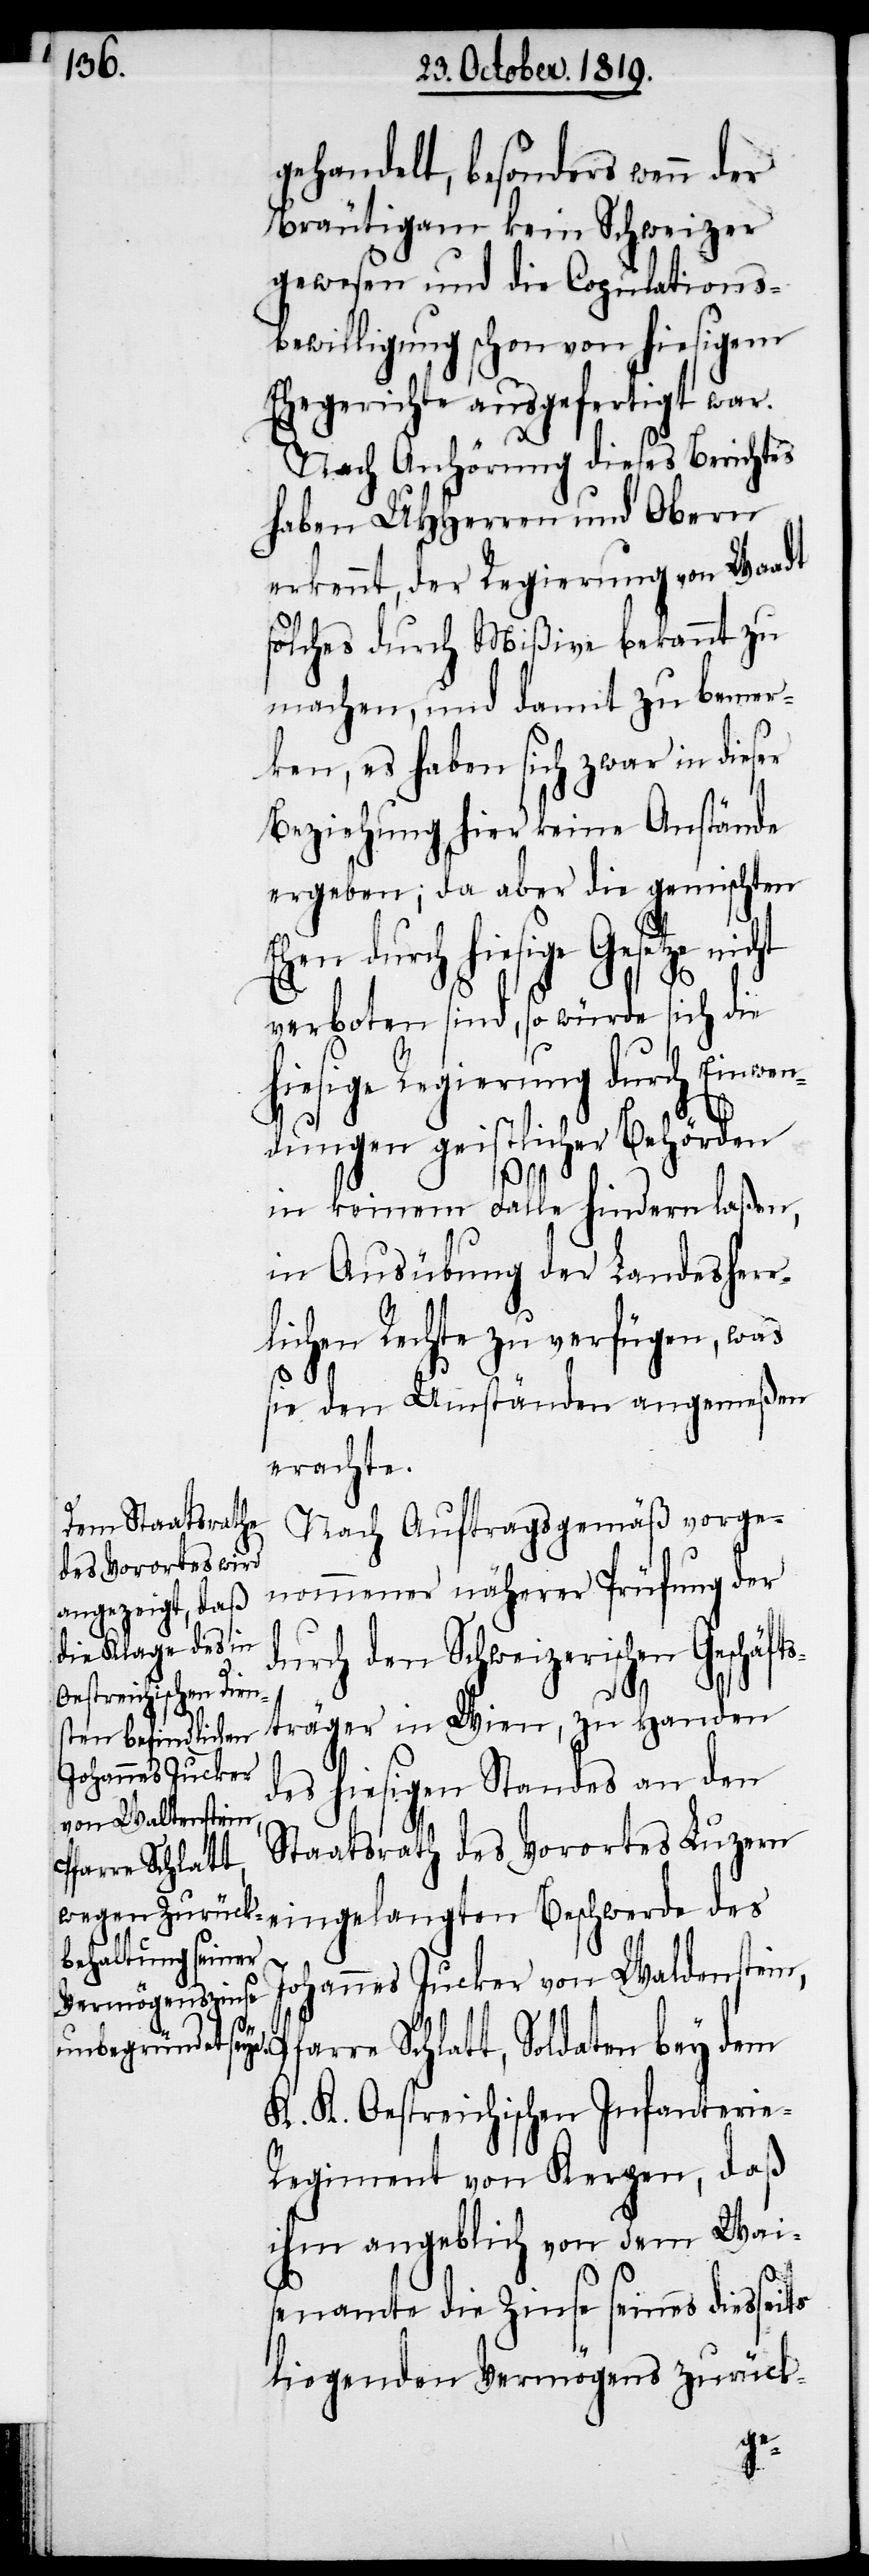
gehandelt, besonders wenn der
Bräutigam kein Schweizer
gewesen und die Copulations¬
bewilligung schon von hiesigem
Ehegerichte ausgefertigt war.
Nach Anhörung dieses Berichtes
haben UHHerren und Obern
erkennt, der Regierung von Waadt
solches durch Mißive bekannt zu
machen, und damit zu bemer¬
ken, es haben sich zwar in dieser
Beziehung hier keine Anstände
ergeben; da aber die gemischten
Ehen durch hiesige Gesetze
verboten sind, so würde sich die
hiesige Regierung durch Einwen¬
dungen geistlicher Behörden
in keinem Falle hindern laßen,
in Ausübung der Landesherr¬
lichen Rechte zu verfügen, was
sie den Umständen angemeßen
erachte.
Nach Auftragsgemäß vorge¬
nommener näherer Prüfung der
durch den Schweizerischen Gesch¬
tsträger in Wien, zu Handen
des hiesigen Standes an den
Staatsrath des Vorortes Luzern
Pfarre Schlatt,
Johannes Jucker von Waldenstein,
eingelangten
K. K. Oestreichischen Infanterie-R¬
egiment von Kerpen, daß
ihm angeblich von dem Wai¬
senamte die Zinse seines diesseits
liegenden Vermögens zurück-
äf¬